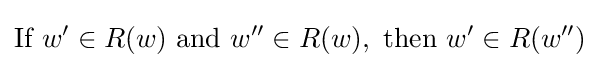
{\textrm {If}}~w'\in R(w)~{\textrm {and}}~w''\in R(w),~{\textrm {then}}~w'\in R(w'')